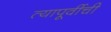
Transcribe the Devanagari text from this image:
त्यापूर्वीची